Lunatic asylums United Provinces 1899-1908 - 1899-1908
Year: 1899
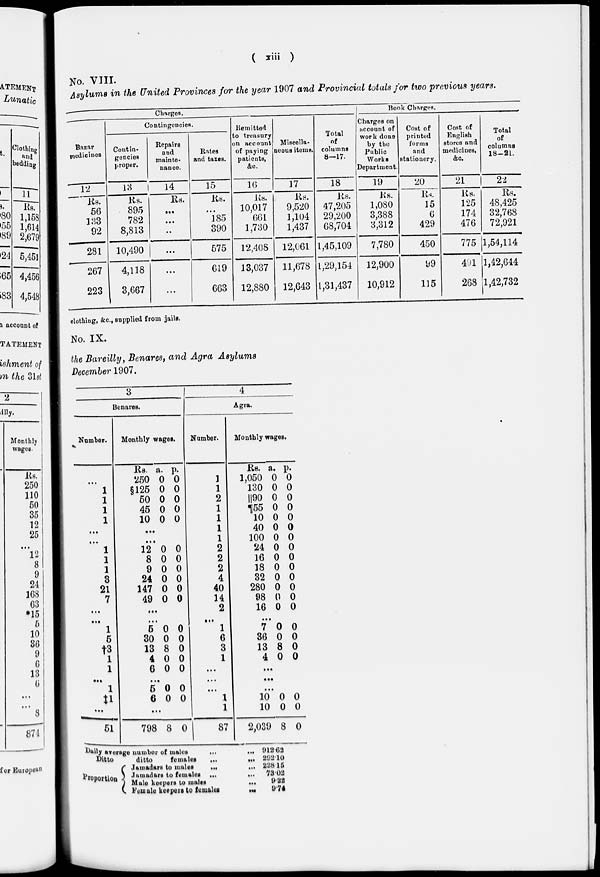
( xiii )
No. VIII.
Asylums in the United Provinces for the year 1907 and Provincial totals for two previous years.
Charges.
Bazar
medicines
12
Rs.
56
133
92
281
267
223
Contingencies.
Contin
gencies
proper.
13
Rs.
895
782
8,813
10,490
4,118
3,667
Repairs
and
mainte
nance.
14
Rs.
...
...
...
...
...
...
Rates
and taxes.
15
Rs.
...
185
390
675
619
663
Remitted
to treasury
on account
of paying
patients,
&c.
16
Rs.
10,017
661
1,730
12,408
13,037
12,880
Miscella
neous items.
17
Rs.
9,520
1,104
1,437
12,061
11,678
12,643
Total
of
columns
8—17.
18
Rs.
47,205
29,200
68,704
1,45,109
1,29,154
1,31,437
Book Charges.
Charges on
account of
work done
by the
Public
Works
Department.
19
Rs.
1,080
3,388
3,312
7,780
12,900
10,912
Cost of
printed
forms
and
stationery.
20
Rs.
15
6
429
450
99
115
Cost of
English
stores and
medicines,
&c.
21
Rs.
125
174
476
775
491
268
Total
of
columns
18-21.
22
Rs.
48,425
32,768
72,921
1,54,114
1,42,644
1,42,732
clothing, &c., supplied from jails.
No. IX.
the Bareilly, Benares, and Agra Asylums
December 1907.
3
Benares.
Number.
...
1
1
1
1
...
...
1
1
1
8
21
7
...
...
1
5
†3
1
1
...
1
‡1
...
51
Monthly wages.
Rs.
250
§125
50
45
10
a.
0
0
0
0
0
p.
0
0
0
0
0
...
...
12
8
9
24
147
49
0
0
0
0
0
0
0
0
0
0
0
0
...
...
5
30
13
4
6
0
0
8
0
0
0
0
0
0
0
...
5
6
0
0
0
0
...
798 8 0
4
Agra.
Number.
1
1
2
1
1
1
1
2
2
2
4
40
14
2
...
1
6
3
1
...
...
...
1
1
87
Monthly wages.
Rs.
1,050
130
║90
¶55
10
40
100
24
16
18
32
280
98
16
a.
0
0
0
0
0
0
0
0
0
0
0
0
0
0
p.
0
0
0
0
0
0
0
0
0
0
0
0
0
0
...
7
36
13
4
0
0
8
0
0
0
0
0
...
...
...
10
10
2,039
0
0
8
0
0
0
Daily average number of males ... ...
Ditto
ditto
females ... ...
Proportion
Jamadars to males
...
...
Jamadars to females ...
...
Male keepers to males
...
...
Female keepers to
females
...
912.62
292.10
228.15
73.02
9.22
9.74